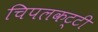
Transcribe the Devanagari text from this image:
चिपलकट्टी